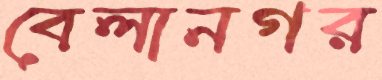
বেলানগর